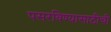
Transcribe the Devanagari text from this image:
पसरविण्यासाठीची